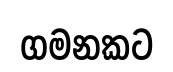
ගමනකට